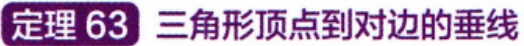
定理 63 三角形顶点到对边的垂线